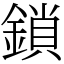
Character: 鎖